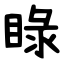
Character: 睩